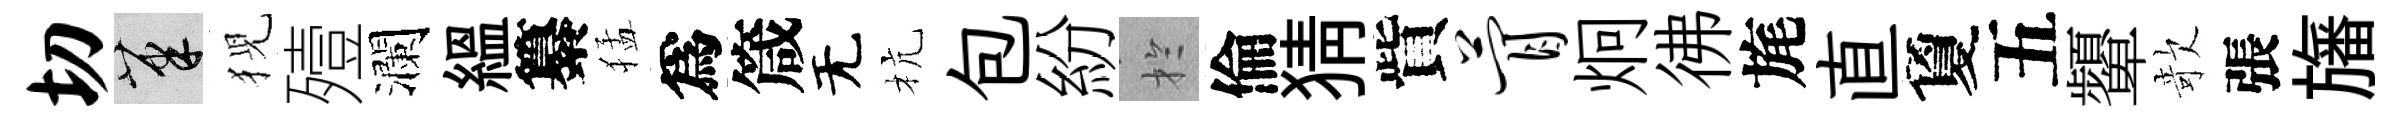
切筆猊殪瀾緼纂猛爲箴无杭包紛扵倫猜貲瞢炯彿旄直夐五顰欹張旛